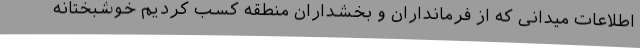
اطلاعات میدانی که از فرمانداران و بخشداران منطقه کسب کردیم خوشبختانه